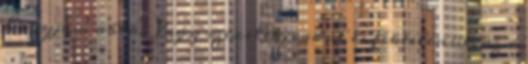
hagyjam abba. Vagy szexelek, vadul és féktelenül, az a